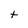
Character: t